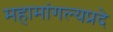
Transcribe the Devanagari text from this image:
महामांगल्यप्रदे